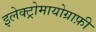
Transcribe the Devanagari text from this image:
इलेक्ट्रोमायोग्राफ़ी